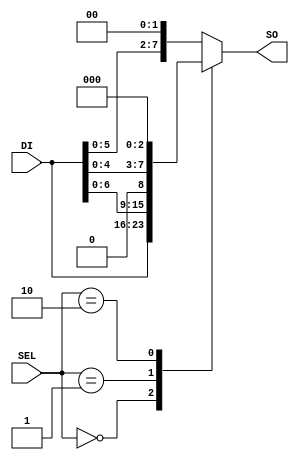
module lshift (DI, SEL, SO);
input  [7:0] DI;
input  [1:0] SEL;
output [7:0] SO;
reg[7:0] SO;

  always @(DI or SEL)
  begin
    case (SEL)
      2'b00   : SO <= DI;
      2'b01   : SO <= DI << 1;
      2'b10   : SO <= DI << 3;
      default : SO <= DI << 2;
    endcase
  end
endmodule